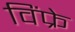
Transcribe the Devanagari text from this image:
विंफ्रे